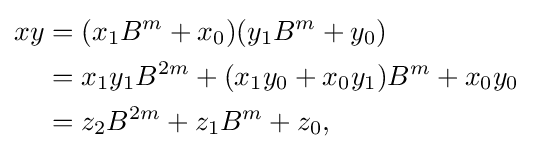
{\begin{aligned}xy&=(x_{1}B^{m}+x_{0})(y_{1}B^{m}+y_{0})\\&=x_{1}y_{1}B^{2m}+(x_{1}y_{0}+x_{0}y_{1})B^{m}+x_{0}y_{0}\\&=z_{2}B^{2m}+z_{1}B^{m}+z_{0},\\\end{aligned}}